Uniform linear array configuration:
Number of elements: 32
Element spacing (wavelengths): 0.75
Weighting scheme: uniform
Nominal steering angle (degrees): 0
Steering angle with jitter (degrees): -0.6621
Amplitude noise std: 0.05
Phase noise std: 0.05

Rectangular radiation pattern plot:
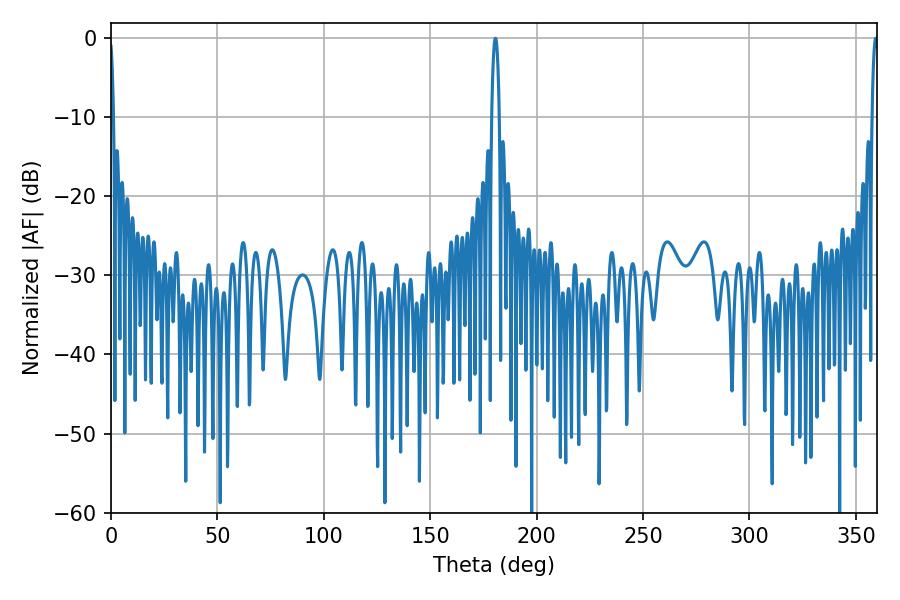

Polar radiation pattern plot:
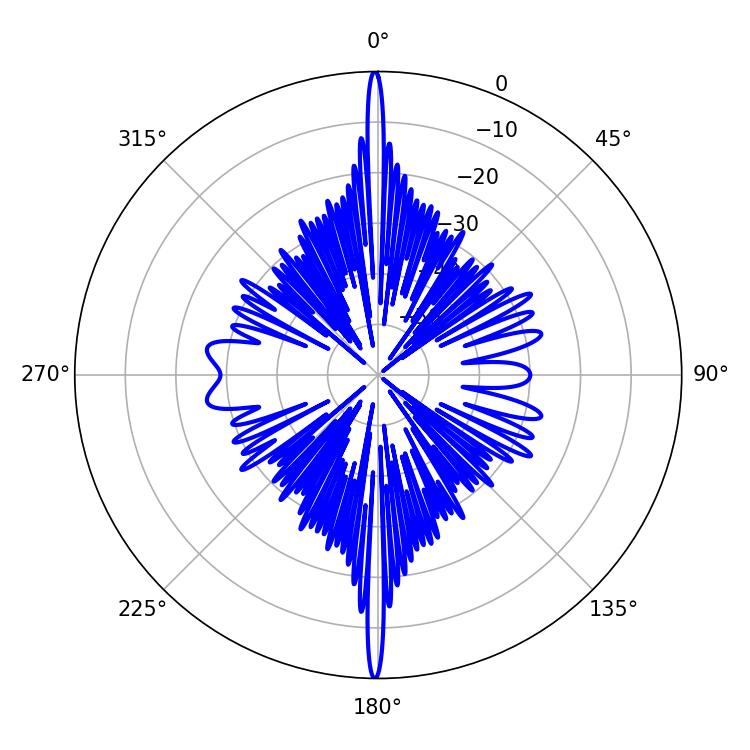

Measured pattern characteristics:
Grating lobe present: TRUE
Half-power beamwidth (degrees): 1.62
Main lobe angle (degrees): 359.28